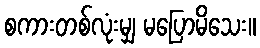
စကားတစ်လုံးမျှ မပြောမိသေး။